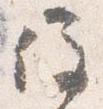
住